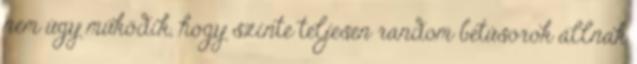
nem úgy működik, hogy szinte teljesen random betűsorok állnak